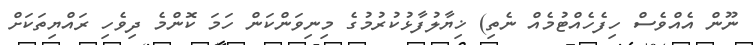
ނޫން އެއްވެސް ހިފެހެއްޓުމެއް ނެތި) ޚިޔާލުފާޅުކުރުމުގެ މިނިވަންކަން ހަމަ ކޮންމެ ދިވެހި ރައްޔިތަކަށް